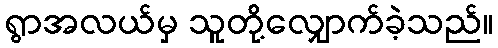
ရွာအလယ်မှ သူတို့လျှောက်ခဲ့သည်။